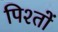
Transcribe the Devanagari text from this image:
पिश्तों